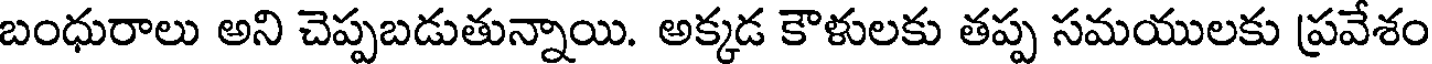
బంధురాలు అని చెప్పబడుతున్నాయి. అక్కడ కౌళులకు తప్ప సమయులకు ప్రవేశం